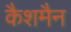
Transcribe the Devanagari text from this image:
कैशमैन